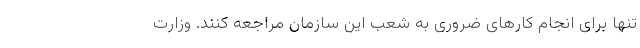
تنها برای انجام کارهای ضروری به شعب این سازمان مراجعه کنند. وزارت